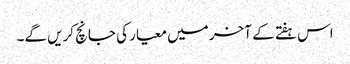
اس ہفتے کے آخر میں معیار کی جانچ کریں گے۔